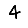
Digit: 4